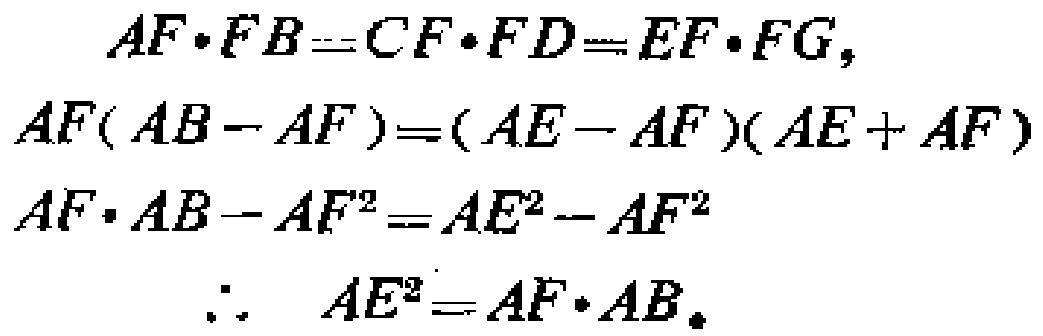
\[
\begin{align*}
AF\cdot FB&=CF\cdot FD = EF\cdot FG,\\
AF(AB - AF)&=(AE - AF)(AE + AF)\\
AF\cdot AB - AF^{2}&=AE^{2}-AF^{2}\\
\therefore\ AE^{2}&=AF\cdot AB.
\end{align*}
\]